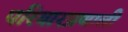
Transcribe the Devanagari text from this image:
परिवारप्रणाली